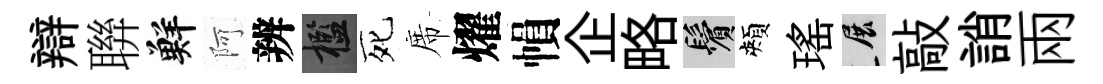
辯聨鮮阿辨檻死席燿𢄙企略鬢頰瑤展敲誚兩